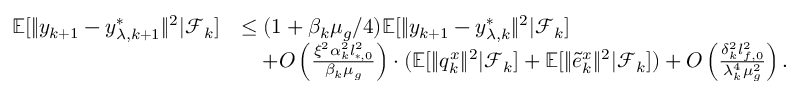
\begin{array} { r l } { \mathbb { E } [ \| y _ { k + 1 } - y _ { \lambda , k + 1 } ^ { * } \| ^ { 2 } | \mathcal { F } _ { k } ] } & { \le ( 1 + \beta _ { k } \mu _ { g } / 4 ) \mathbb { E } [ \| y _ { k + 1 } - y _ { \lambda , k } ^ { * } \| ^ { 2 } | \mathcal { F } _ { k } ] } \\ & { \quad + O \left( \frac { \xi ^ { 2 } \alpha _ { k } ^ { 2 } l _ { * , 0 } ^ { 2 } } { \beta _ { k } \mu _ { g } } \right) \cdot ( \mathbb { E } [ \| q _ { k } ^ { x } \| ^ { 2 } | \mathcal { F } _ { k } ] + \mathbb { E } [ \| \tilde { e } _ { k } ^ { x } \| ^ { 2 } | \mathcal { F } _ { k } ] ) + O \left( \frac { \delta _ { k } ^ { 2 } l _ { f , 0 } ^ { 2 } } { \lambda _ { k } ^ { 4 } \mu _ { g } ^ { 2 } } \right) . } \end{array}